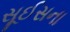
સૂઈસના